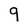
Character: 9